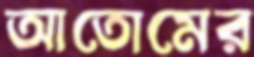
আতোমের